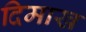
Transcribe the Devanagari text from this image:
दिमाख